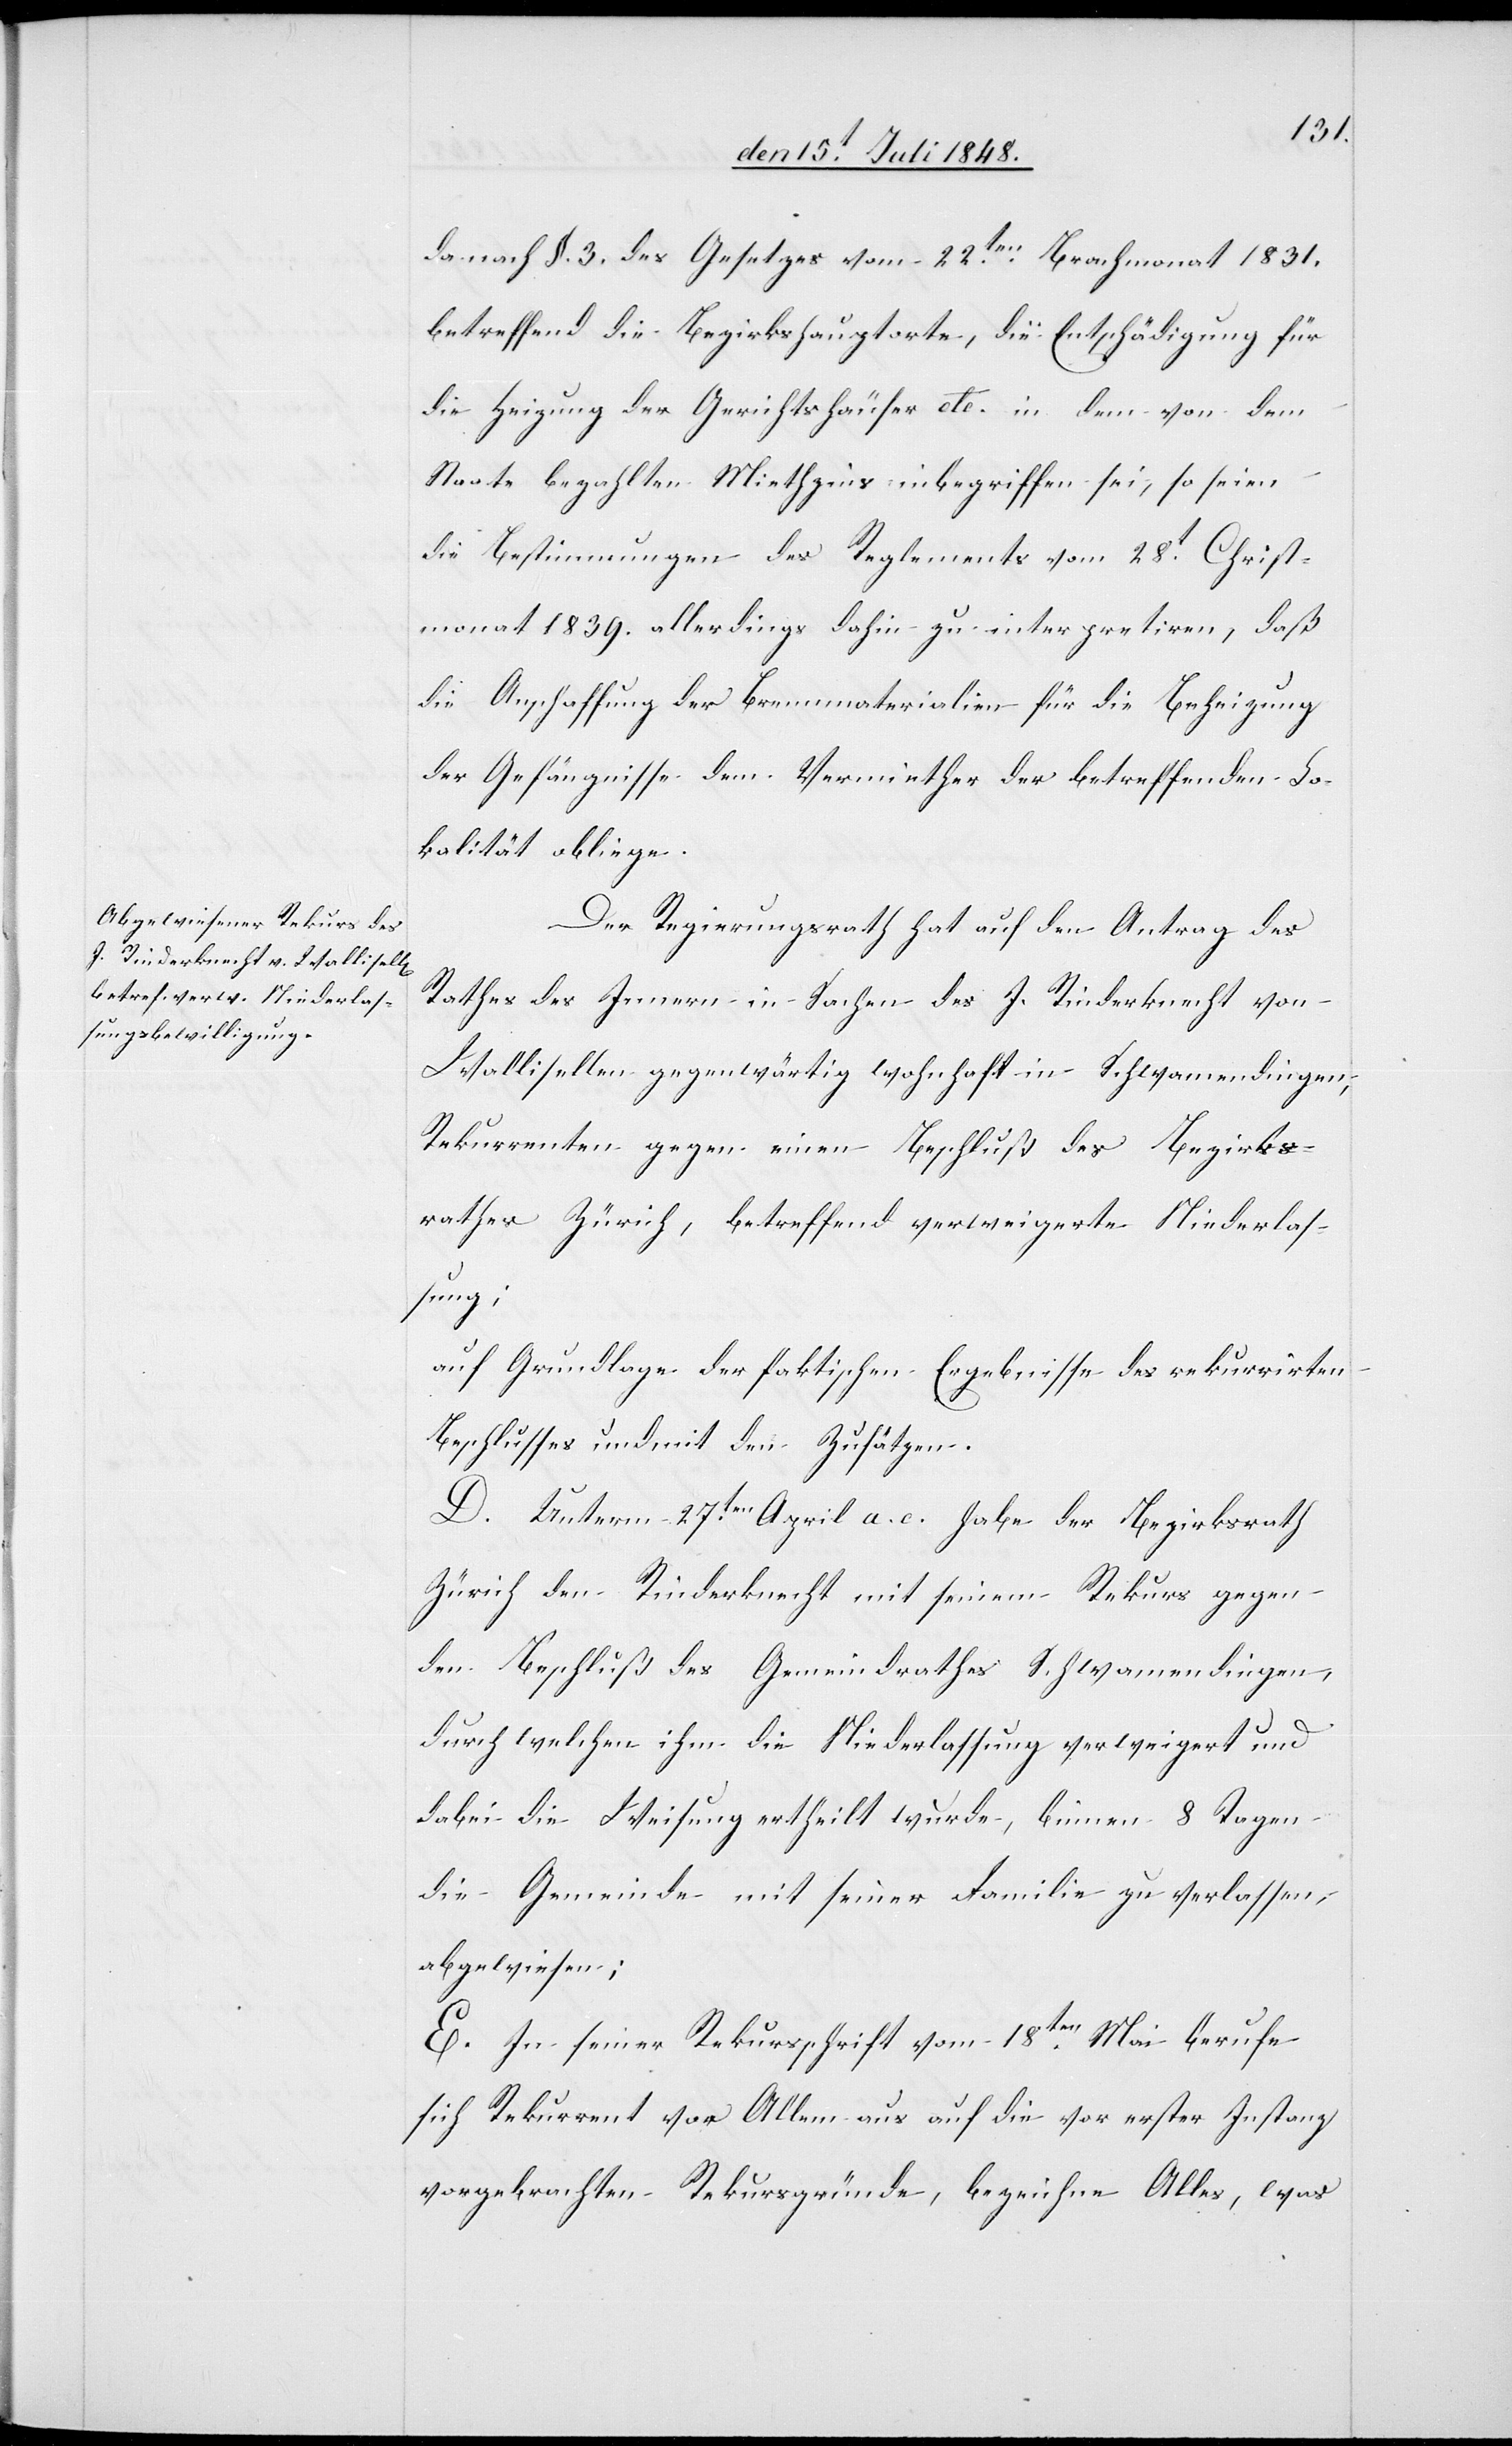
da nach §. 3. des Gesetzes vom 22ten Brachmonat 1831.
betreffend die Bezirkshauptorte, die Entschädigung für
die Heizung der Gerichtshäuser etc. in dem von dem
Staate bezahlten Miethzins inbegriffen sei, so seien
die Bestimmungen des Reglements vom 28t Christ¬
monat 1839. allerdings dahin zu interpretiren, daß
die Anschaffung der Brennmaterialien für die Beheizung
der Gefängnisse dem Vermiether der betreffenden Lo¬
kalität obliege.
Der Regierungsrath hat auf den Antrag des
Rathes des Innern in Sachen des J. Rinderknecht von
Wallisellen gegenwärtig wohnhaft in Schwamendingen,
Rekurrenten gegen einen Beschluß des Bezirks¬
rathes Zürich, betreffend verweigerte Niederlas¬
sung:
auf Grundlage der faktischen Ergebnisse des rekurrirten
Beschlusses und mit den Zusätzen.
D. Unterm 27ten April a. c. habe der Bezirksrath
Zürich den Rinderknecht mit seinem Rekurs gegen
den Beschluß des Gemeindrathes Schwamendingen,
durch welchen ihm die Niederlassung verweigert und
dabei die Weisung erheilt wurde, binnen 8. Tagen
die Gemeinde mit seiner Familie zu verlassen,
abgewiesen;
E. In seiner Rekursschrift vom 18ten Mai berufe
sich Rekurrent vor Allem aus auf die vor erster Instanz
vorgebrachten Rekursgründe, bezeichne Alles, was